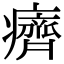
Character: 癠